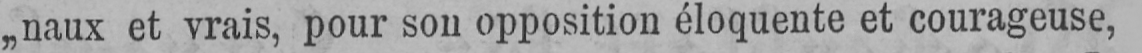
„naux et vrais, pour son opposition éloquente et courageuse,